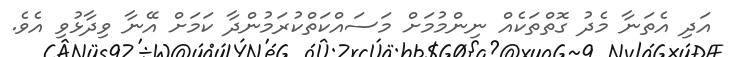
އަދި އެތަނާ މެދު ގޮތްތަކެއް ނިންމުމަށް މަސައްކަތްކުރަމުންދާ ކަމަށް އޭނާ ވިދާޅުވި އެވެ.